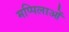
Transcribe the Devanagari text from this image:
मप्पिलाओं